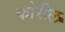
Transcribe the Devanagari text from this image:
कोरील